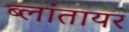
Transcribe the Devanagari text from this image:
ब्लांतायर